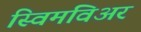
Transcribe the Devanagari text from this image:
स्विमविअर